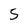
Character: 5